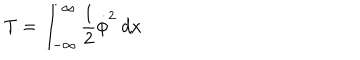
T = \int _ { - \infty } ^ { \infty } { \frac { 1 } { 2 } } \dot { \phi } ^ { 2 } \ d x